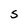
Character: S